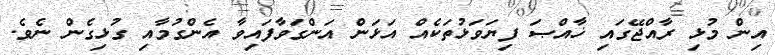
އިން މުޅި ރާއްޖޭގައި ޚާއްޞަ ފިޔަވަޅުތަކެއް އަޅަން އަންގަވާފައިވާ އެންގުމާއި ގުޅިގެން ނެވެ.